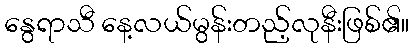
နွေရာသီ နေ့လယ်မွန်းတည့်လုနီးဖြစ်၏။